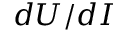
d U / d I